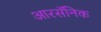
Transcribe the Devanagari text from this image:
आरसॅनिक